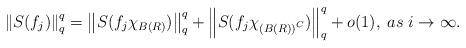
LaTeX: \begin{align*}\left\| {S(f_j )} \right\|_q^q = \left\| {S(f_j \chi _{B(R)} )}\right\|_q^q + \left\| {S(f_j \chi _{\left( {B(R)} \right)^C } )}\right\|_q^q + o(1),\;as\;i \to \infty.\end{align*}